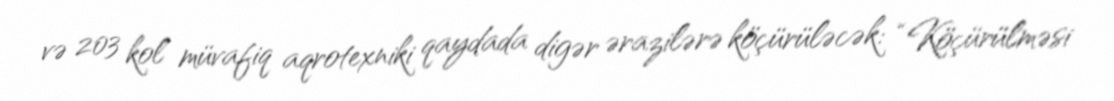
və 203 kol müvafiq aqrotexniki qaydada digər ərazilərə köçürüləcək: “Köçürülməsi